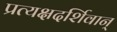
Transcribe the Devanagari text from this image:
प्रत्यक्षदर्शिवान्